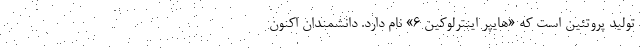
تولید پروتئین است که «هایپر اینترلوکین ۶» نام دارد. دانشمندان اکنون